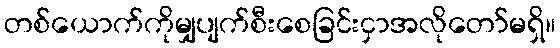
တစ်ယောက်ကိုမျှပျက်စီးစေခြင်းငှာအလိုတော်မရှိ။